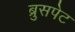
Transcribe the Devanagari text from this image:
ब्रुसपेट